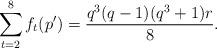
LaTeX: \begin{align*} \sum_{t=2}^{8}f_t(p')=\frac{q^3(q-1)(q^3+1)r}{8}.\end{align*}